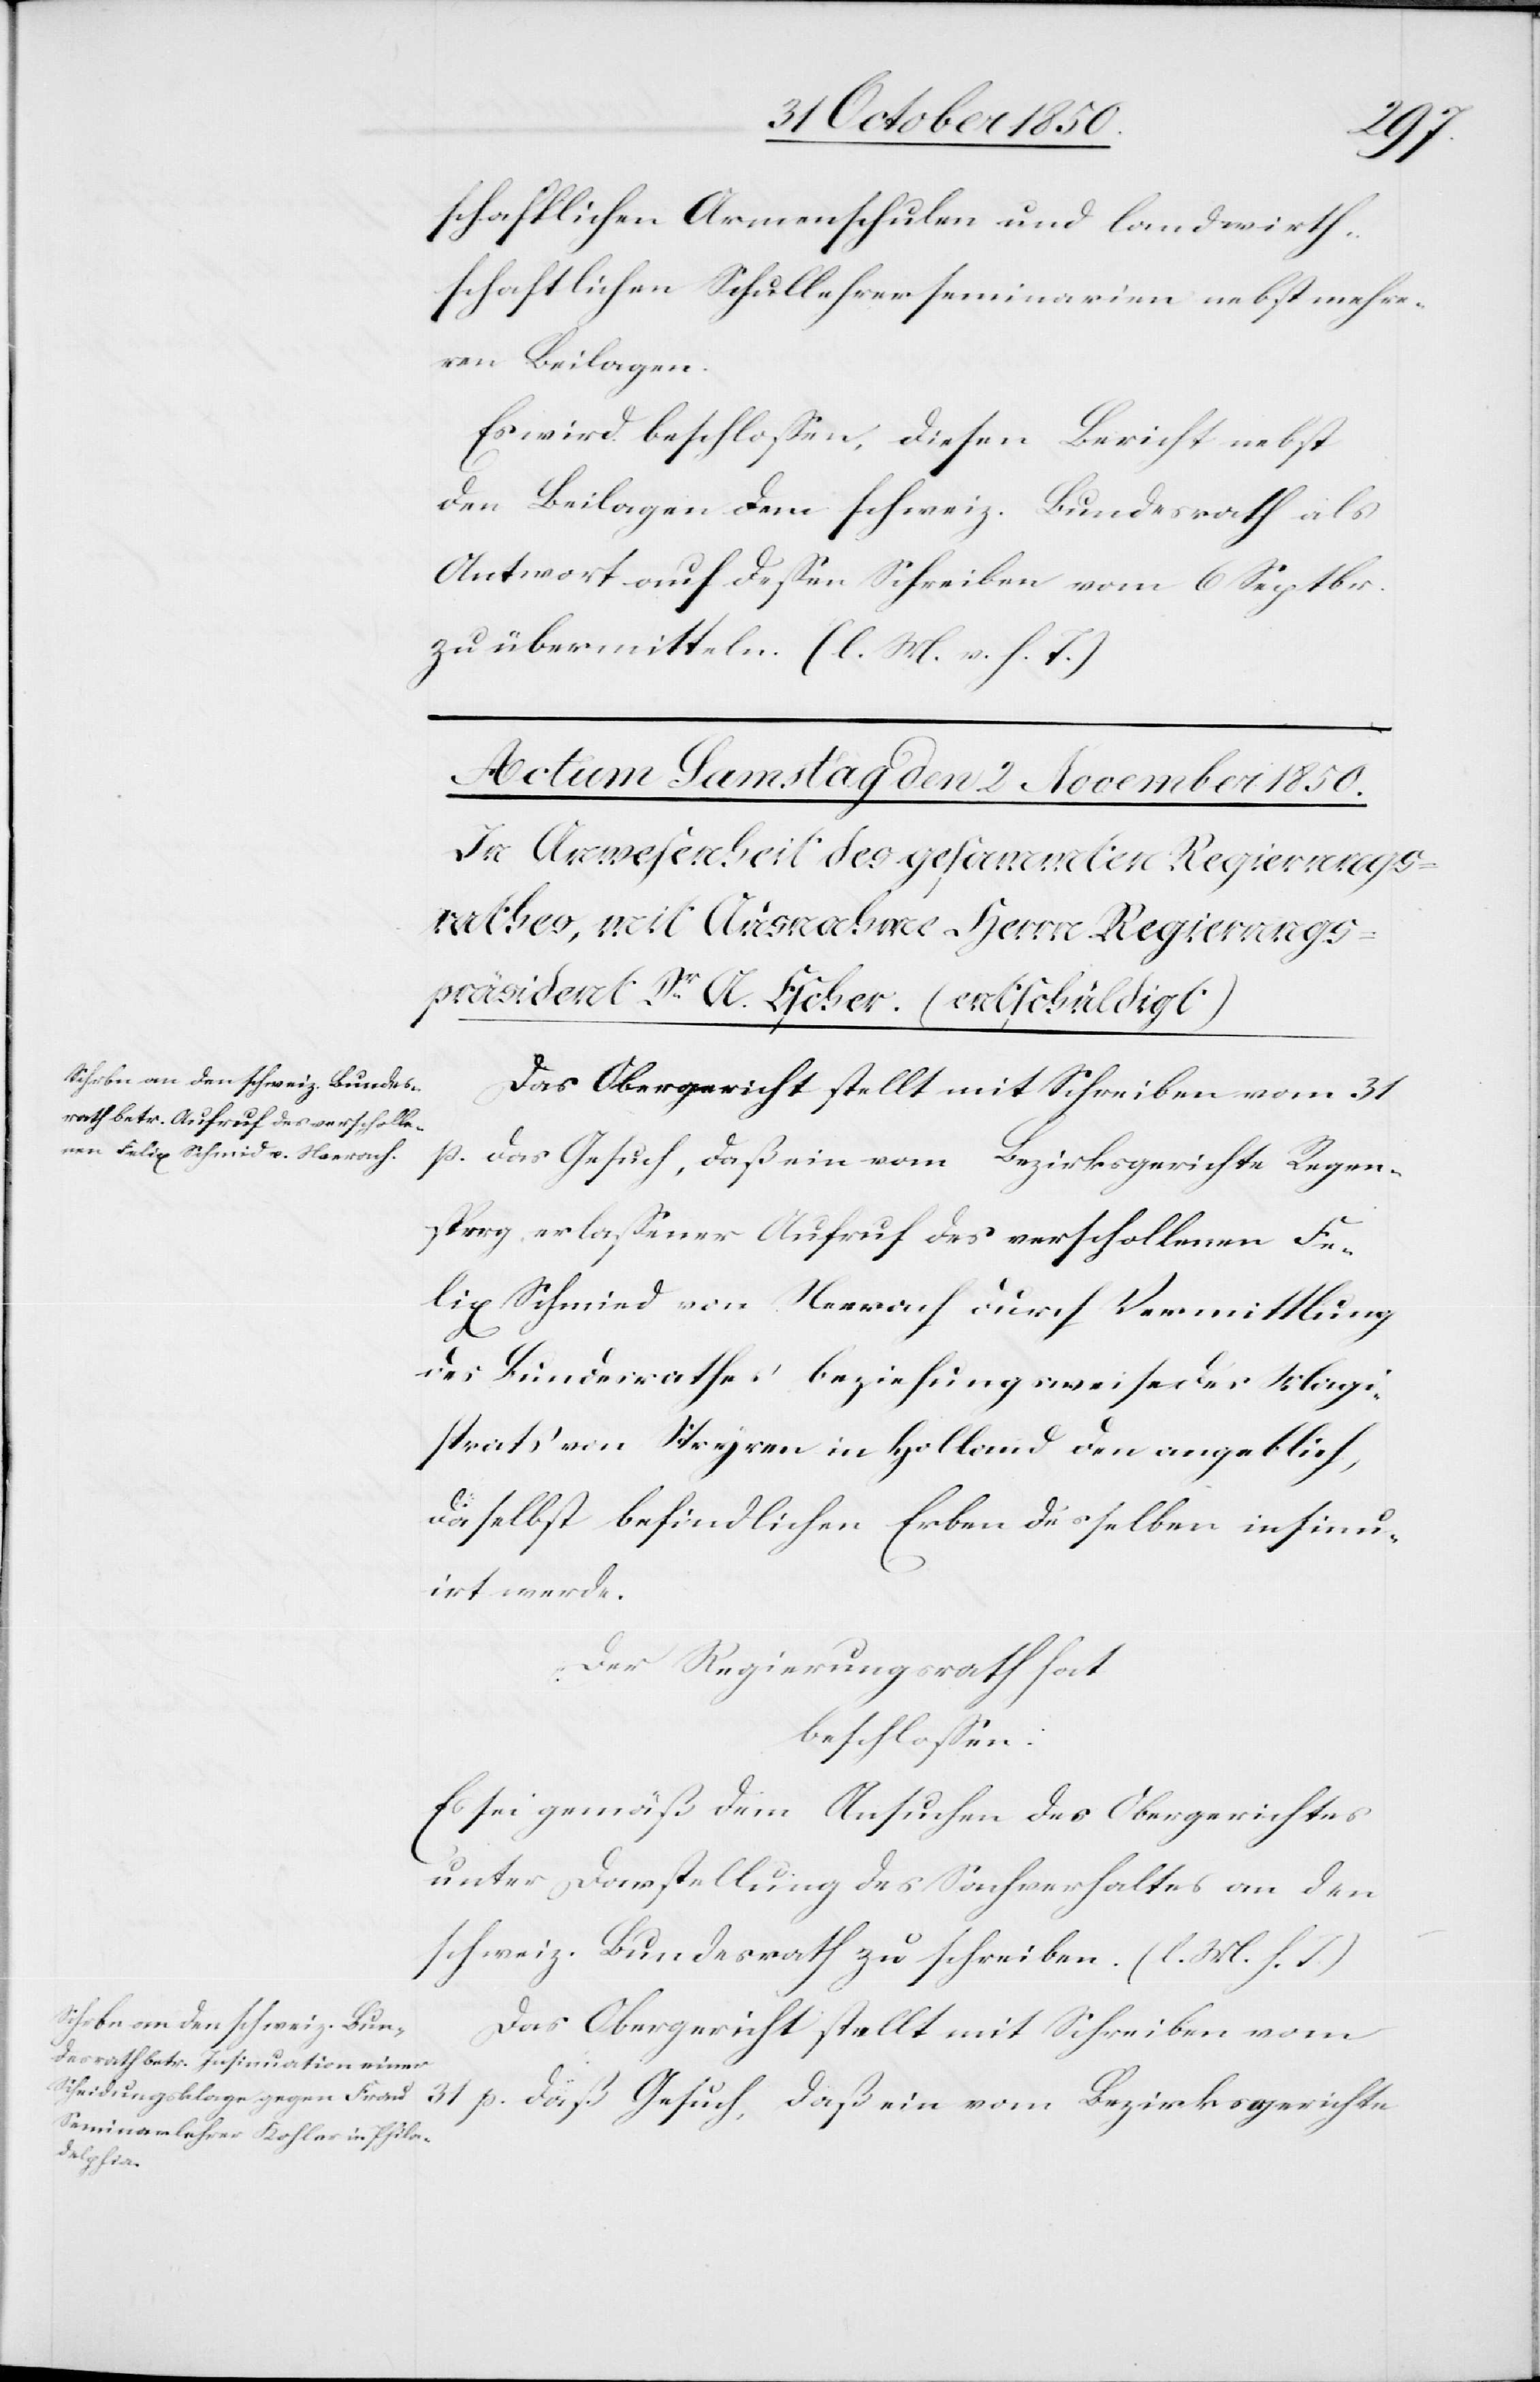
schaftlichen Armenschulen und landwirth¬
schaftlichen Schullehrerseminarien nebst mehre¬
ren Beilagen.
Es wird beschlossen, diesen Bericht nebst
den Beilagen dem schweiz. Bundesrath als
Antwort auf dessen Schreiben vom 6 Septbr.
zu übermitteln. (l. M. v. h. T.)
Das Obergericht stellt mit Schreiben vom 31
p. das Gesuch, daß ein vom Bezirksgerichte Regen¬
sperg erlassener Aufruf des verschollenen Fe¬
lix Schmied [sic!] von Neerach durch Vermittlung
des Bundesrathes beziehungsweise des Magi¬
strats von [?Stryren] in Hollland den angeblich,
daselbst befindlichen Erben desselben insinu¬
irt werde.
Der Regierungsrath hat
beschlossen:
Es sei gemäß dem Ansuchen des Obergerichtes
unter Darstellung des Sachverhaltes an den
schweiz. Bundesrath zu schreiben. (l. M. h. T.)
Das Obergericht stellt mit Schreiben vom
31 p. daß [sic!] Gesuch, daß ein vom Bezirksgerichte